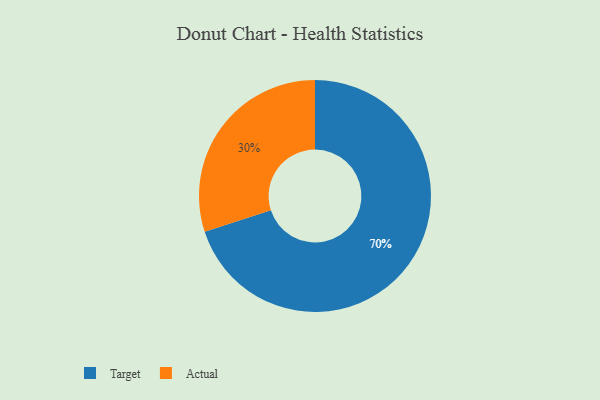
{"axis": {"x": "Category", "y": "Percentage"}, "legend": ["Actual", "Target"], "data": [{"x": "Target", "y": 70, "type": "Target"}, {"x": "Actual", "y": 30, "type": "Actual"}]}